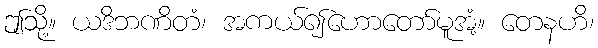
ဤသို့။ ယဒိဘဏိတံ၊ အကယ်၍ဟောတော်မူအံ့။ တေနဟိ၊